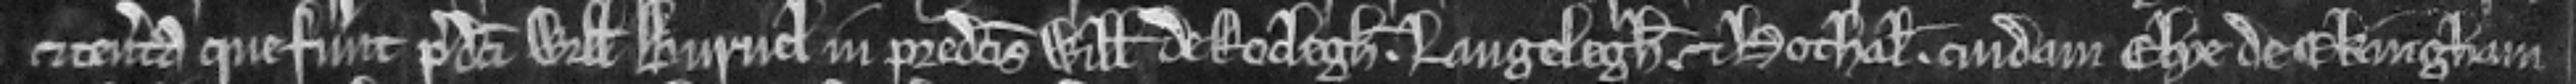
et tenementa que fuerunt predicti Willelmi Burnel in predictis villis de Roclegh. Langelegh. et Hothal. cuidam Elye de Ekingham